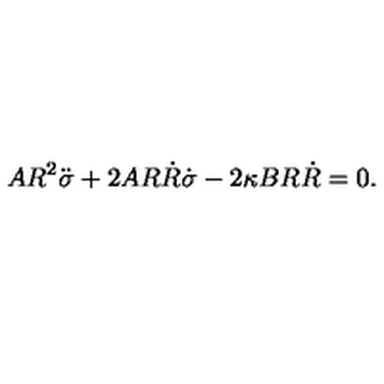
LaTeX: A R ^ { 2 } \ddot { \sigma } + 2 A R \dot { R } \dot { \sigma } - 2 \kappa B R \dot { R } = 0 .